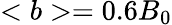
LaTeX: <b>=0.6B_{0}